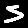
Digit: 5